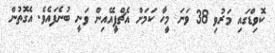
ކޮވިޑްގައި މަރުވި 38 ވަނަ މީހާ ކަމަށް އެޗްޕީއޭއިން ވަނީ ބުނެފައެވެ. އެގޮތުން